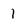
Character: 1